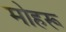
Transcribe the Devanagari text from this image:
मोहरू